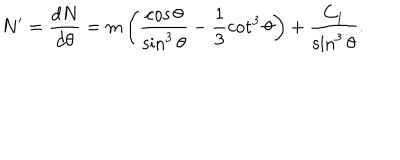
N ^ { \prime } = \frac { d N } { d \theta } = m \left( \frac { \cos \theta } { \sin ^ { 3 } \theta } - \frac 1 3 \cot ^ { 3 } \theta \right) + \frac { C _ { 1 } } { \sin ^ { 3 } \theta } .